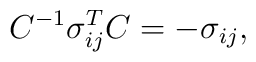
C^{-1} \sigma^T_{ij}C=-\sigma_{ij},